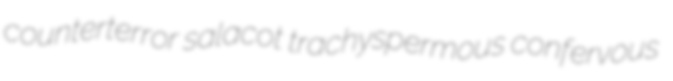
counterterror salacot trachyspermous confervous